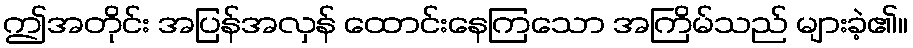
ဤအတိုင်း အပြန်အလှန် ထောင်းနေကြသော အကြိမ်သည် များခဲ့၏။